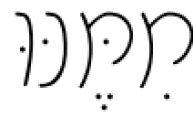
מִמֶּנּוּ